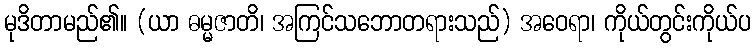
မုဒိတာမည်၏။ (ယာ ဓမ္မဇာတိ၊ အကြင်သဘောတရားသည်) အဝေရာ၊ ကိုယ်တွင်းကိုယ်ပ